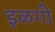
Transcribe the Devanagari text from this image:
इळगी